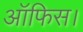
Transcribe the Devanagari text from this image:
आॅफिस।